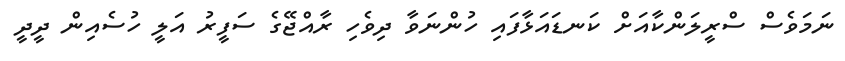
ނަމަވެސް ސްރީލަންކާއަށް ކަނޑައަޅާފައި ހުންނަވާ ދިވެހި ރާއްޖޭގެ ސަފީރު އަލީ ހުސެއިން ދީދީ